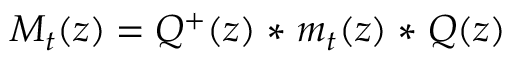
M _ { t } ( z ) = Q ^ { + } ( z ) \mathrel { \ast } m _ { t } ( z ) \mathrel { \ast } Q ( z )